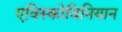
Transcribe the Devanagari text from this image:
एविस्कोविनियान